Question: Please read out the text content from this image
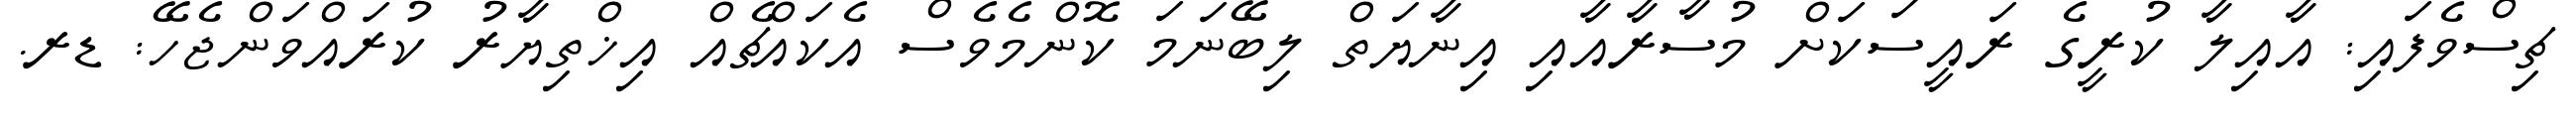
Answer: ޗިސްވެފައި: އާއިލާ ކުރީގެ ރައީސަކަށް މުސާރާއާއި އިނާޔަތް ލިބޭނަމަ ކޮންމެވެސް އެކައްޗެއް އިޚްތިޔާރު ކުރައްވަންޖެހޭ: ޑރ.